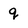
Character: q